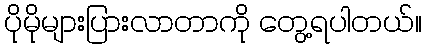
ပိုမိုများပြားလာတာကို တွေ့ရပါတယ်။